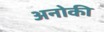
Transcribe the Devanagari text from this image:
अनोकी